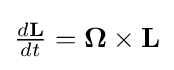
{\textstyle {\frac {d\mathbf {L} }{dt}}={\boldsymbol {\Omega }}\times \mathbf {L} }